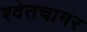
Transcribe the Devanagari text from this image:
श्वेतचामर